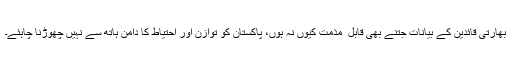
بھارتی قائدین کے بیانات جتنے بھی قابل ِ مذمت کیوں نہ ہوں، پاکستان کو توازن اور احتیاط کا دامن ہاتھ سے نہیں چھوڑنا چاہئے۔